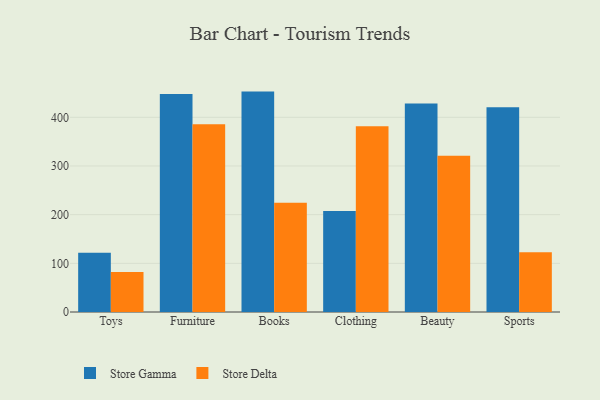
{"axis": {"x": "Category", "y": "Market Share (%)"}, "legend": ["Store Delta", "Store Gamma"], "data": [{"x": "Toys", "y": 121.9, "type": "Store Gamma"}, {"x": "Toys", "y": 82.2, "type": "Store Delta"}, {"x": "Furniture", "y": 448.0, "type": "Store Gamma"}, {"x": "Furniture", "y": 385.6, "type": "Store Delta"}, {"x": "Books", "y": 452.8, "type": "Store Gamma"}, {"x": "Books", "y": 224.7, "type": "Store Delta"}, {"x": "Clothing", "y": 207.7, "type": "Store Gamma"}, {"x": "Clothing", "y": 381.4, "type": "Store Delta"}, {"x": "Beauty", "y": 428.5, "type": "Store Gamma"}, {"x": "Beauty", "y": 321.1, "type": "Store Delta"}, {"x": "Sports", "y": 420.4, "type": "Store Gamma"}, {"x": "Sports", "y": 122.9, "type": "Store Delta"}]}